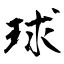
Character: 球